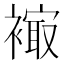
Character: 𧜮